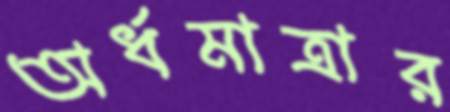
অর্ধমাত্রার